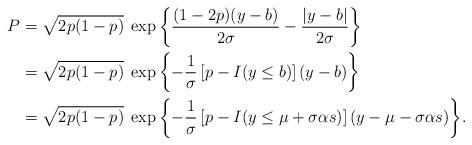
LaTeX: \begin{align*}P &=\sqrt{2p(1-p)} \; \exp{\left\{ \frac{(1-2p)(y-b)}{2\sigma}- \frac{|y-b|}{2\sigma} \right\}} \\&= \sqrt{2p(1-p)} \; \exp{\left\{ -\frac{1}{\sigma}\left[ p-I(y \le b)\right](y-b)\right\}} \\&=\sqrt{2p(1-p)} \; \exp{\left\{ -\frac{1}{\sigma}\left[ p-I(y\le\mu+\sigma\alpha s)\right](y-\mu-\sigma\alpha s)\right\}}. \end{align*}